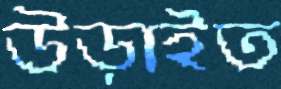
উড়াইত